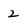
Character: 2